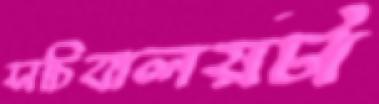
সচিবালয়টা